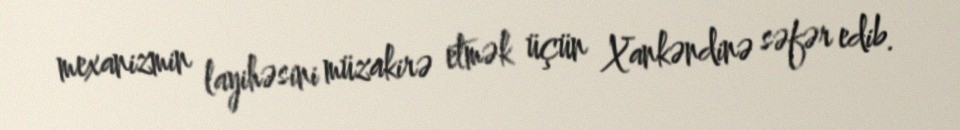
mexanizmin layihəsini müzakirə etmək üçün Xankəndinə səfər edib.